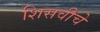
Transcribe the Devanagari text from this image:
शिसवीचे